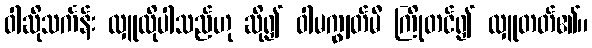
ဝါဆိုသင်္ကန်း လှူလိုပါသည်ဟု ဆို၍ ဝါမကျွတ်မီ ကြိုတင်၍ လှူတတ်၏။